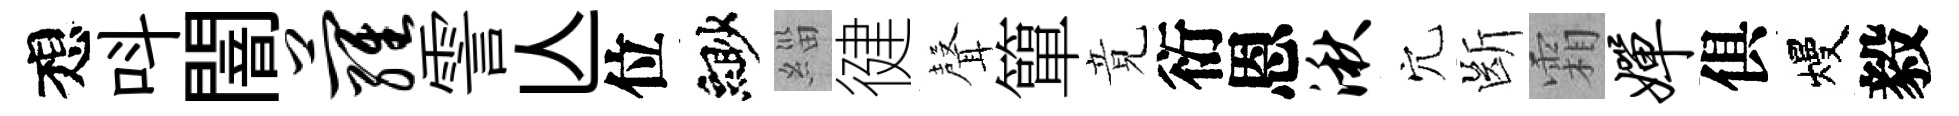
想呌闇萝霅亾位緲緇徤𮋻簞竟衍恩湫穴㫁霜婵俱熳毅